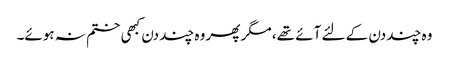
وہ چند دن کے لئے آئے تھے، مگر پھر وہ چند دن کبھی ختم نہ ہوئے۔